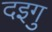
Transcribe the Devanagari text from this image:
दइगु